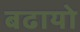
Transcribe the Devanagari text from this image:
बढायो